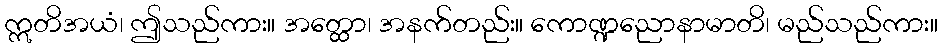
ဣတိအယံ၊ ဤသည်ကား။ အတ္ထော၊ အနက်တည်း။ ကောဏ္ဍညောနာမာတိ၊ မည်သည်ကား။